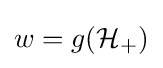
w=g({\mathcal {H}}_{+})